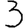
Digit: 3